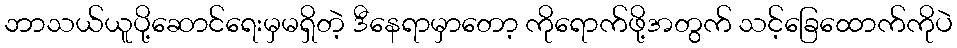
ဘာသယ်ယူပို့ဆောင်ရေးမှမရှိတဲ့ ဒီနေရာမှာတော့ ကိုရောက်ဖို့အတွက် သင့်ခြေထောက်ကိုပဲ